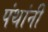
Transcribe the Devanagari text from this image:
पंथांनी